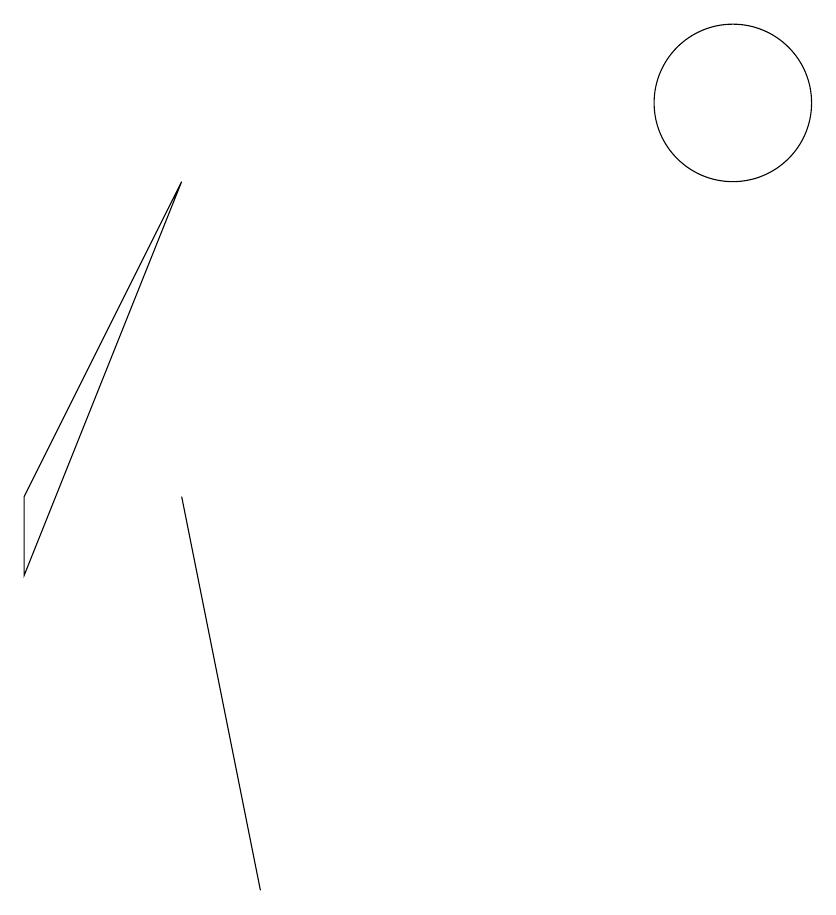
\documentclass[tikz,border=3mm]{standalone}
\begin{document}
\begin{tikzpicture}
\draw (5,0) -- (5,0) -- (4,5) -- cycle;
\draw (2,4) -- (2,5) -- (4,9) -- cycle;
\draw (11,10) circle (1);
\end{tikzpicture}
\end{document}